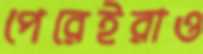
পেরেইরাও